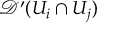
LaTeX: { \mathcal { D } } ^ { \prime } ( U _ { i } \cap U _ { j } )